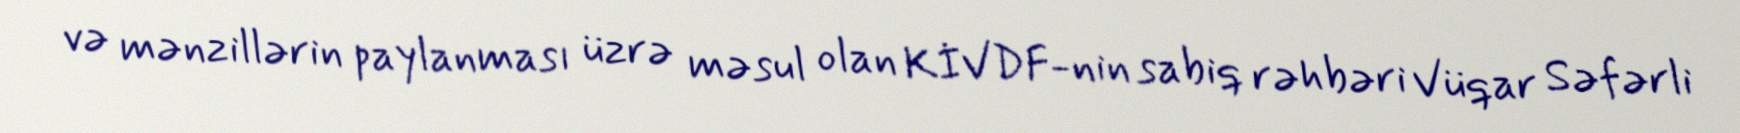
və mənzillərin paylanması üzrə məsul olan KİVDF-nin sabiq rəhbəri Vüqar Səfərli